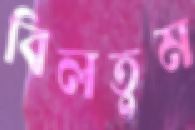
বিলতুম